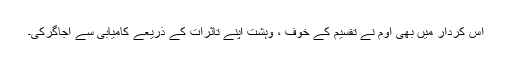
اس کردار میں بھی اوم نے تقسیم کے خوف ، وہشت اپنے تاثرات کے ذریعے کامیابی سے اجاگرکی۔